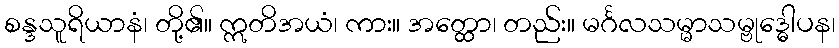
စန္ဒသူရိယာနံ၊ တို့၏။ ဣတိအယံ၊ ကား။ အတ္ထော၊ တည်း။ မင်္ဂလသမ္မာသမ္ဗုဒ္ဓေါပန၊